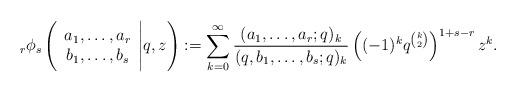
LaTeX: \begin{align*}{}_r\phi_s\left(\begin{array}{c}a_1,\ldots,a_r\\b_1,\ldots,b_s\end{array}\Bigg|q,z\right):=\sum_{k=0}^\infty\frac{(a_1,\ldots,a_r;q)_k}{(q,b_1,\ldots,b_s;q)_k}\left((-1)^kq^{k\choose2}\right)^{1+s-r}z^k.\end{align*}